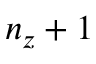
n _ { z } + 1